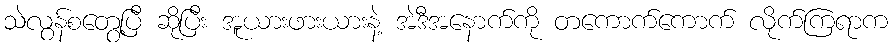
သဲလွန်စတွေ့ပြီ ဆိုပြီး အူယားဖားယားနဲ့ အဲဒီအနောက်ကို တကောက်ကောက် လိုက်ကြရာက